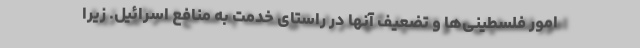
امور فلسطینی‌ها و تضعیف آنها در راستای خدمت به منافع اسرائیل. زیرا